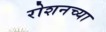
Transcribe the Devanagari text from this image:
रोशनच्या